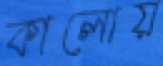
কালোয়